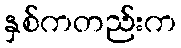
နှစ်ကတည်းက